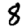
Digit: 8